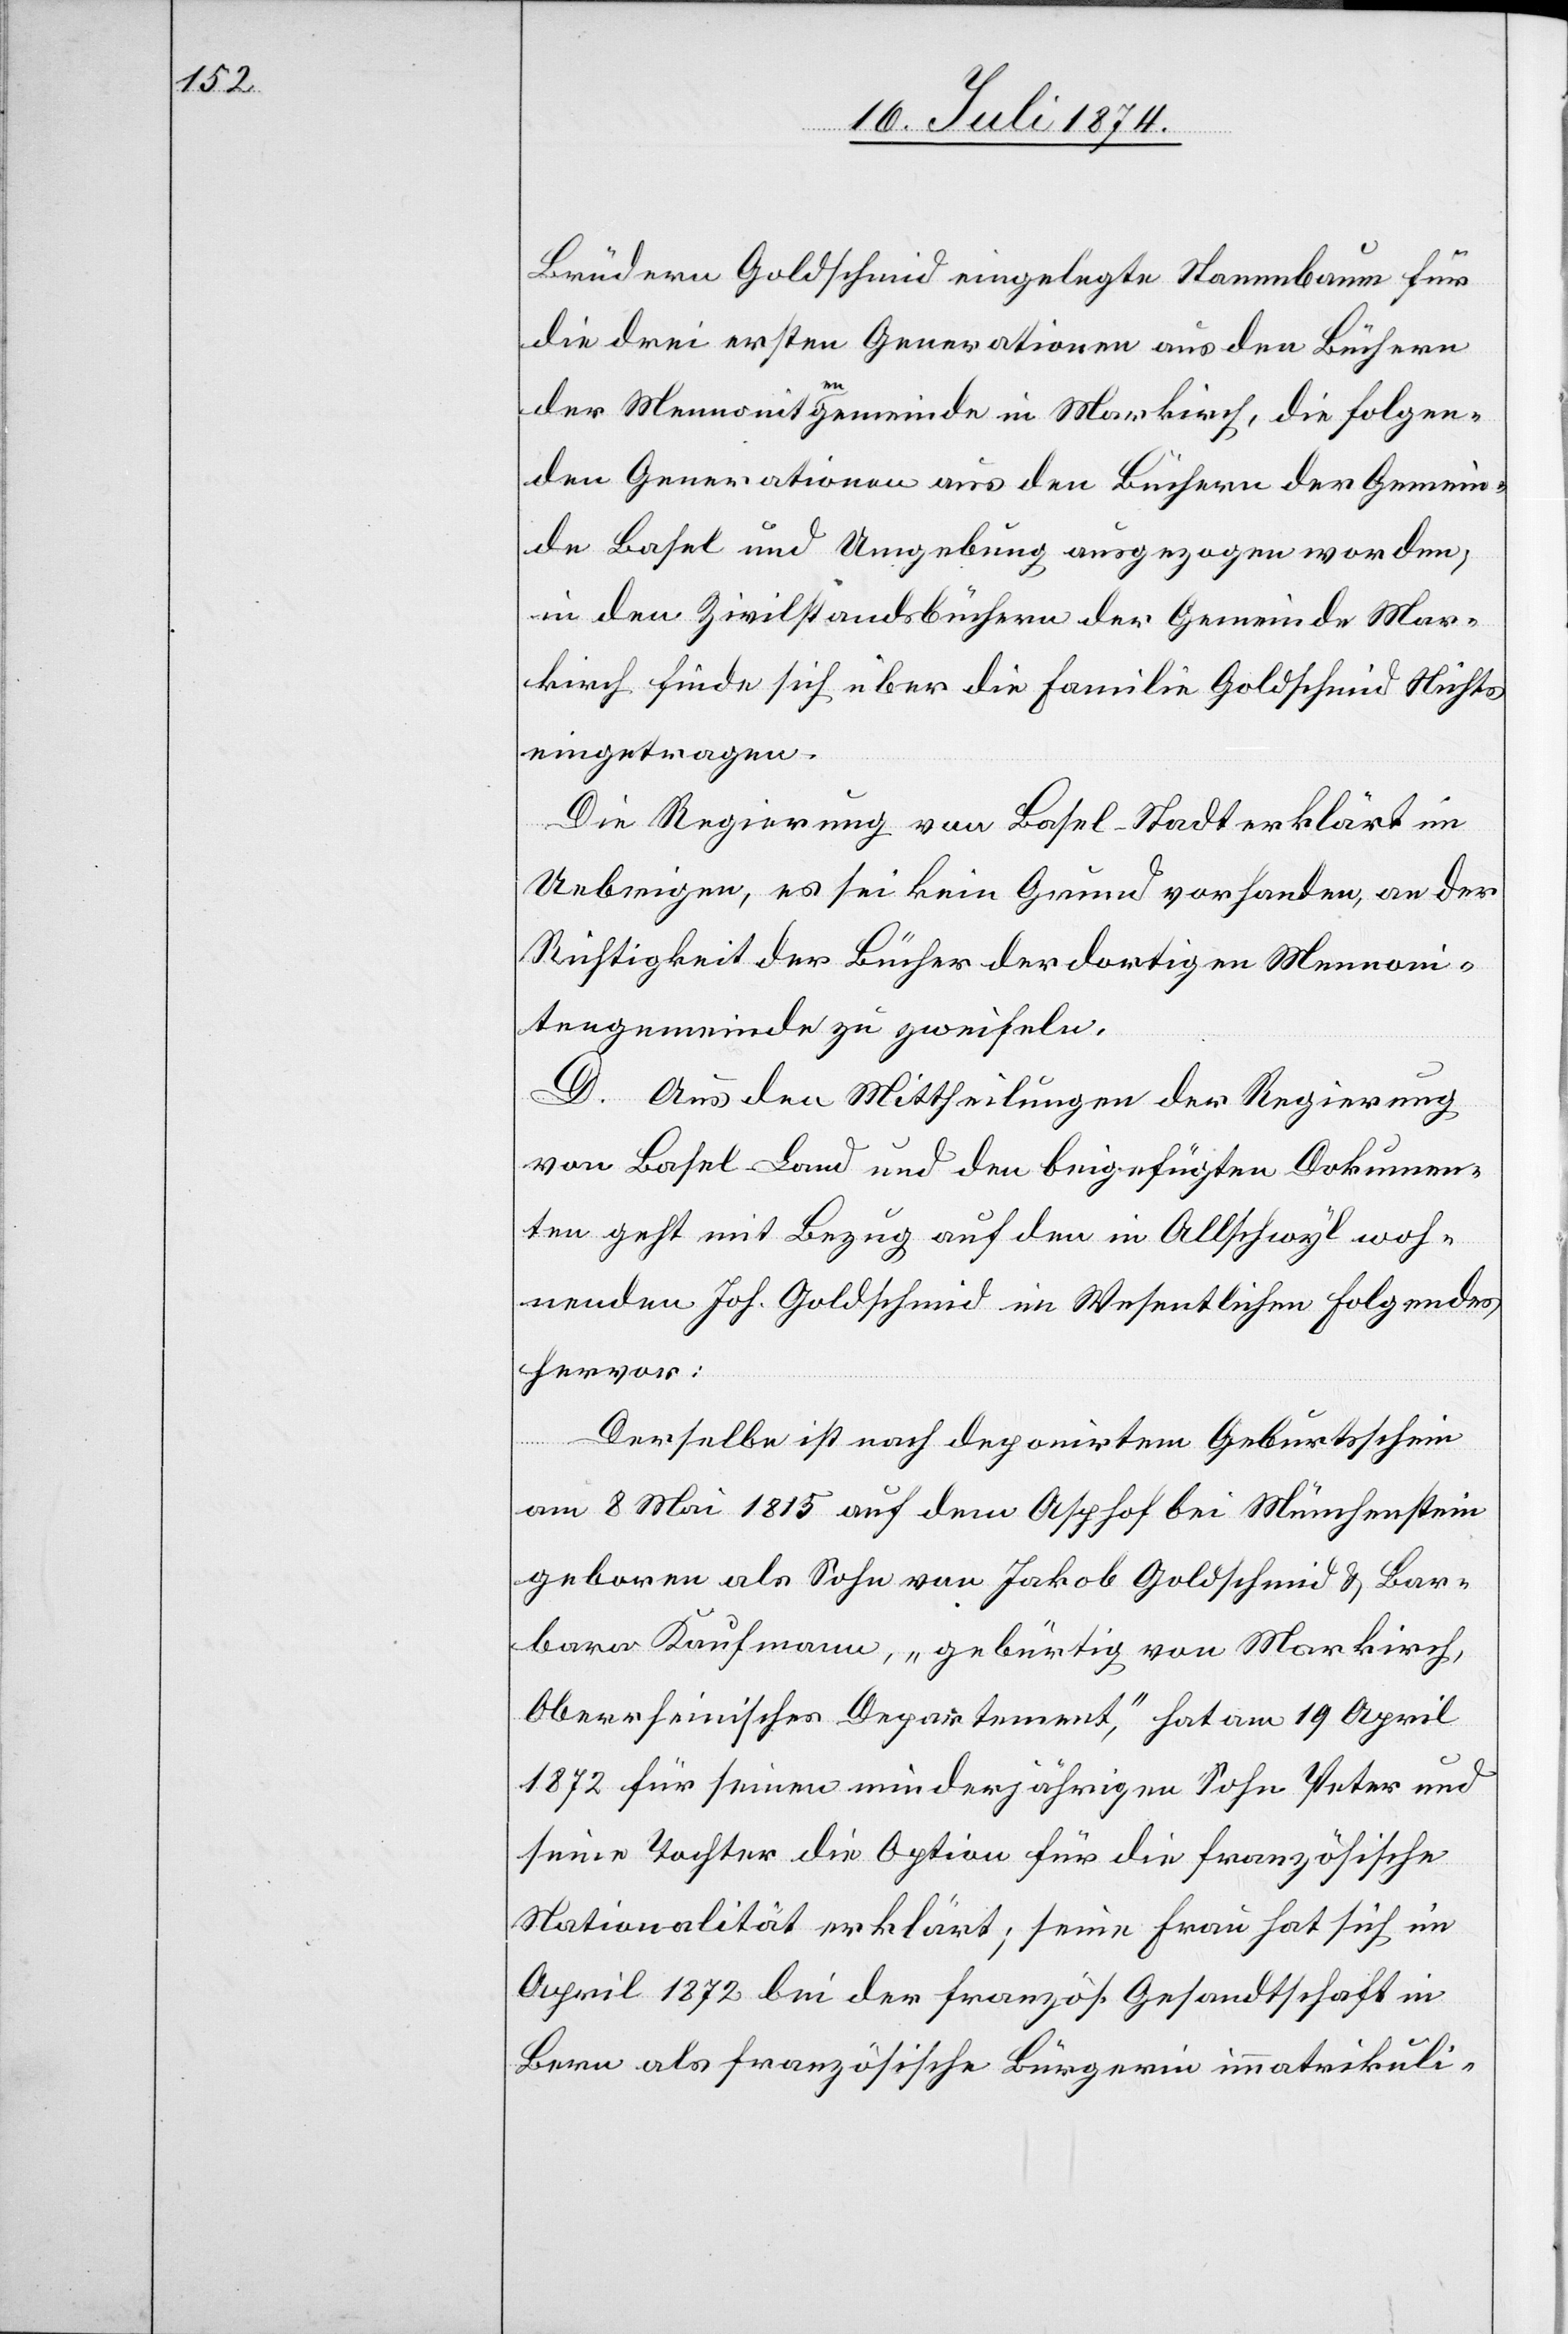
Brüdern Goldschmid eingelegte Stammbaum für
die drei ersten Generationen aus den Büchern
der Mennonitengemeinde in Markirch [sic!], die folgen¬
den Generationen aus den Büchern der Gemein¬
de Basel und Umgebung ausgezogen worden,
in den Zivilstandsbüchern der Gemeinde Mar¬
kirch finde sich über die Familie Goldschmid Nichts
eingetragen.
Die Regierung von Basel-Stadt erklärt im
Uebrigen, es sei kein Grund vorhanden, an der
Richtigkeit der Bücher der dortigen Mennoni¬
tengemeinde zu zweifeln.
D. Aus den Mittheilungen der Regierung
von Basel-Land und den beigefügten Dokumen¬
ten geht mit Bezug auf den in Allschwyl woh¬
nenden Joh. Goldschmid im Wesentlichen folgendes
hervor:
Derselbe ist nach deponirtem Geburtschein
am 8. Mai 1815 auf dem Alphof bei Münchenstein
geboren als Sohn von Jakob Goldschmid u. Bar¬
bara Kaufmann, „gebürtig von Markirch,
Oberrheinisches Departement“, hat am 19. April
1872 für seinen minderjährigen Sohn Peter und
seine Tochter die Option für die französische
Nationalität erklärt; seine Frau hat sich im
April 1872 bei der französ. Gesandtschaft in
Bern als französische Bürgerin immatrikuli-